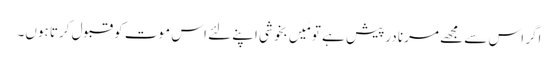
اگر اس سے مجھے مرنا درپیش ہے تو مَیں بخوشی اپنے لئے اس موت کو قبول کرتا ہوں۔